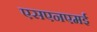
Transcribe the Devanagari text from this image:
एसएनएमई